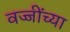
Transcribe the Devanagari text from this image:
वज्जींच्या